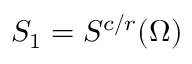
S _ { 1 } = S ^ { c / r } ( \Omega )